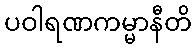
ပဝါရဏကမ္မာနီတိ